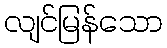
လျင်မြန်သော